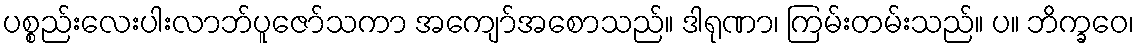
ပစ္စည်းလေးပါးလာဘ်ပူဇော်သကာ အကျော်အစောသည်။ ဒါရုဏာ၊ ကြမ်းတမ်းသည်။ ပ။ ဘိက္ခဝေ၊